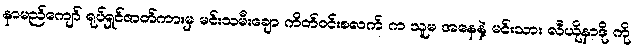
နာမည်ကျော် ရုပ်ရှင်ဇာတ်ကားမှ မင်းသမီးချော ကိတ်ဝင်းစလက် က သူမ အနေနဲ့ မင်းသား လီယိုနာဒို ကို